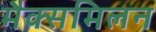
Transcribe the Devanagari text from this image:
मैक्समिलन